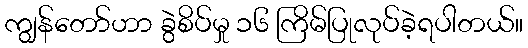
ကျွန်တော်ဟာ ခွဲစိပ်မှု ၁၆ ကြိမ်ပြုလုပ်ခဲ့ရပါတယ်။